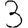
Digit: 3